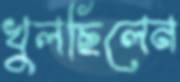
খুলছিলেন